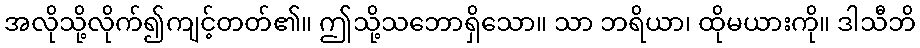
အလိုသို့လိုက်၍ကျင့်တတ်၏။ ဤသို့သဘောရှိသော။ သာ ဘရိယာ၊ ထိုမယားကို။ ဒါသီဘိ